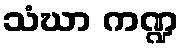
သံဃာ ကဏ္ဍ